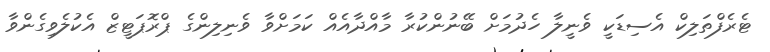
ޓެރެފްތަލިކް އެސިޑަކީ ވެނީލާ ހެދުމަށް ބޭނުންކުރާ މާއްދާއެއް ކަމަށްވާ ވެނިލިންގެ ޕްރޮޕަޓީޒް އެކުލެވިގެންވާ